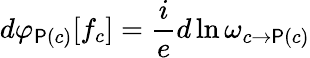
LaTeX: d\varphi_{\mathsf{P}(c)}[f_{c}]=\frac{{i}}{{e}}d\ln\omega_{c\rightarrow\mathsf{P}(c)}